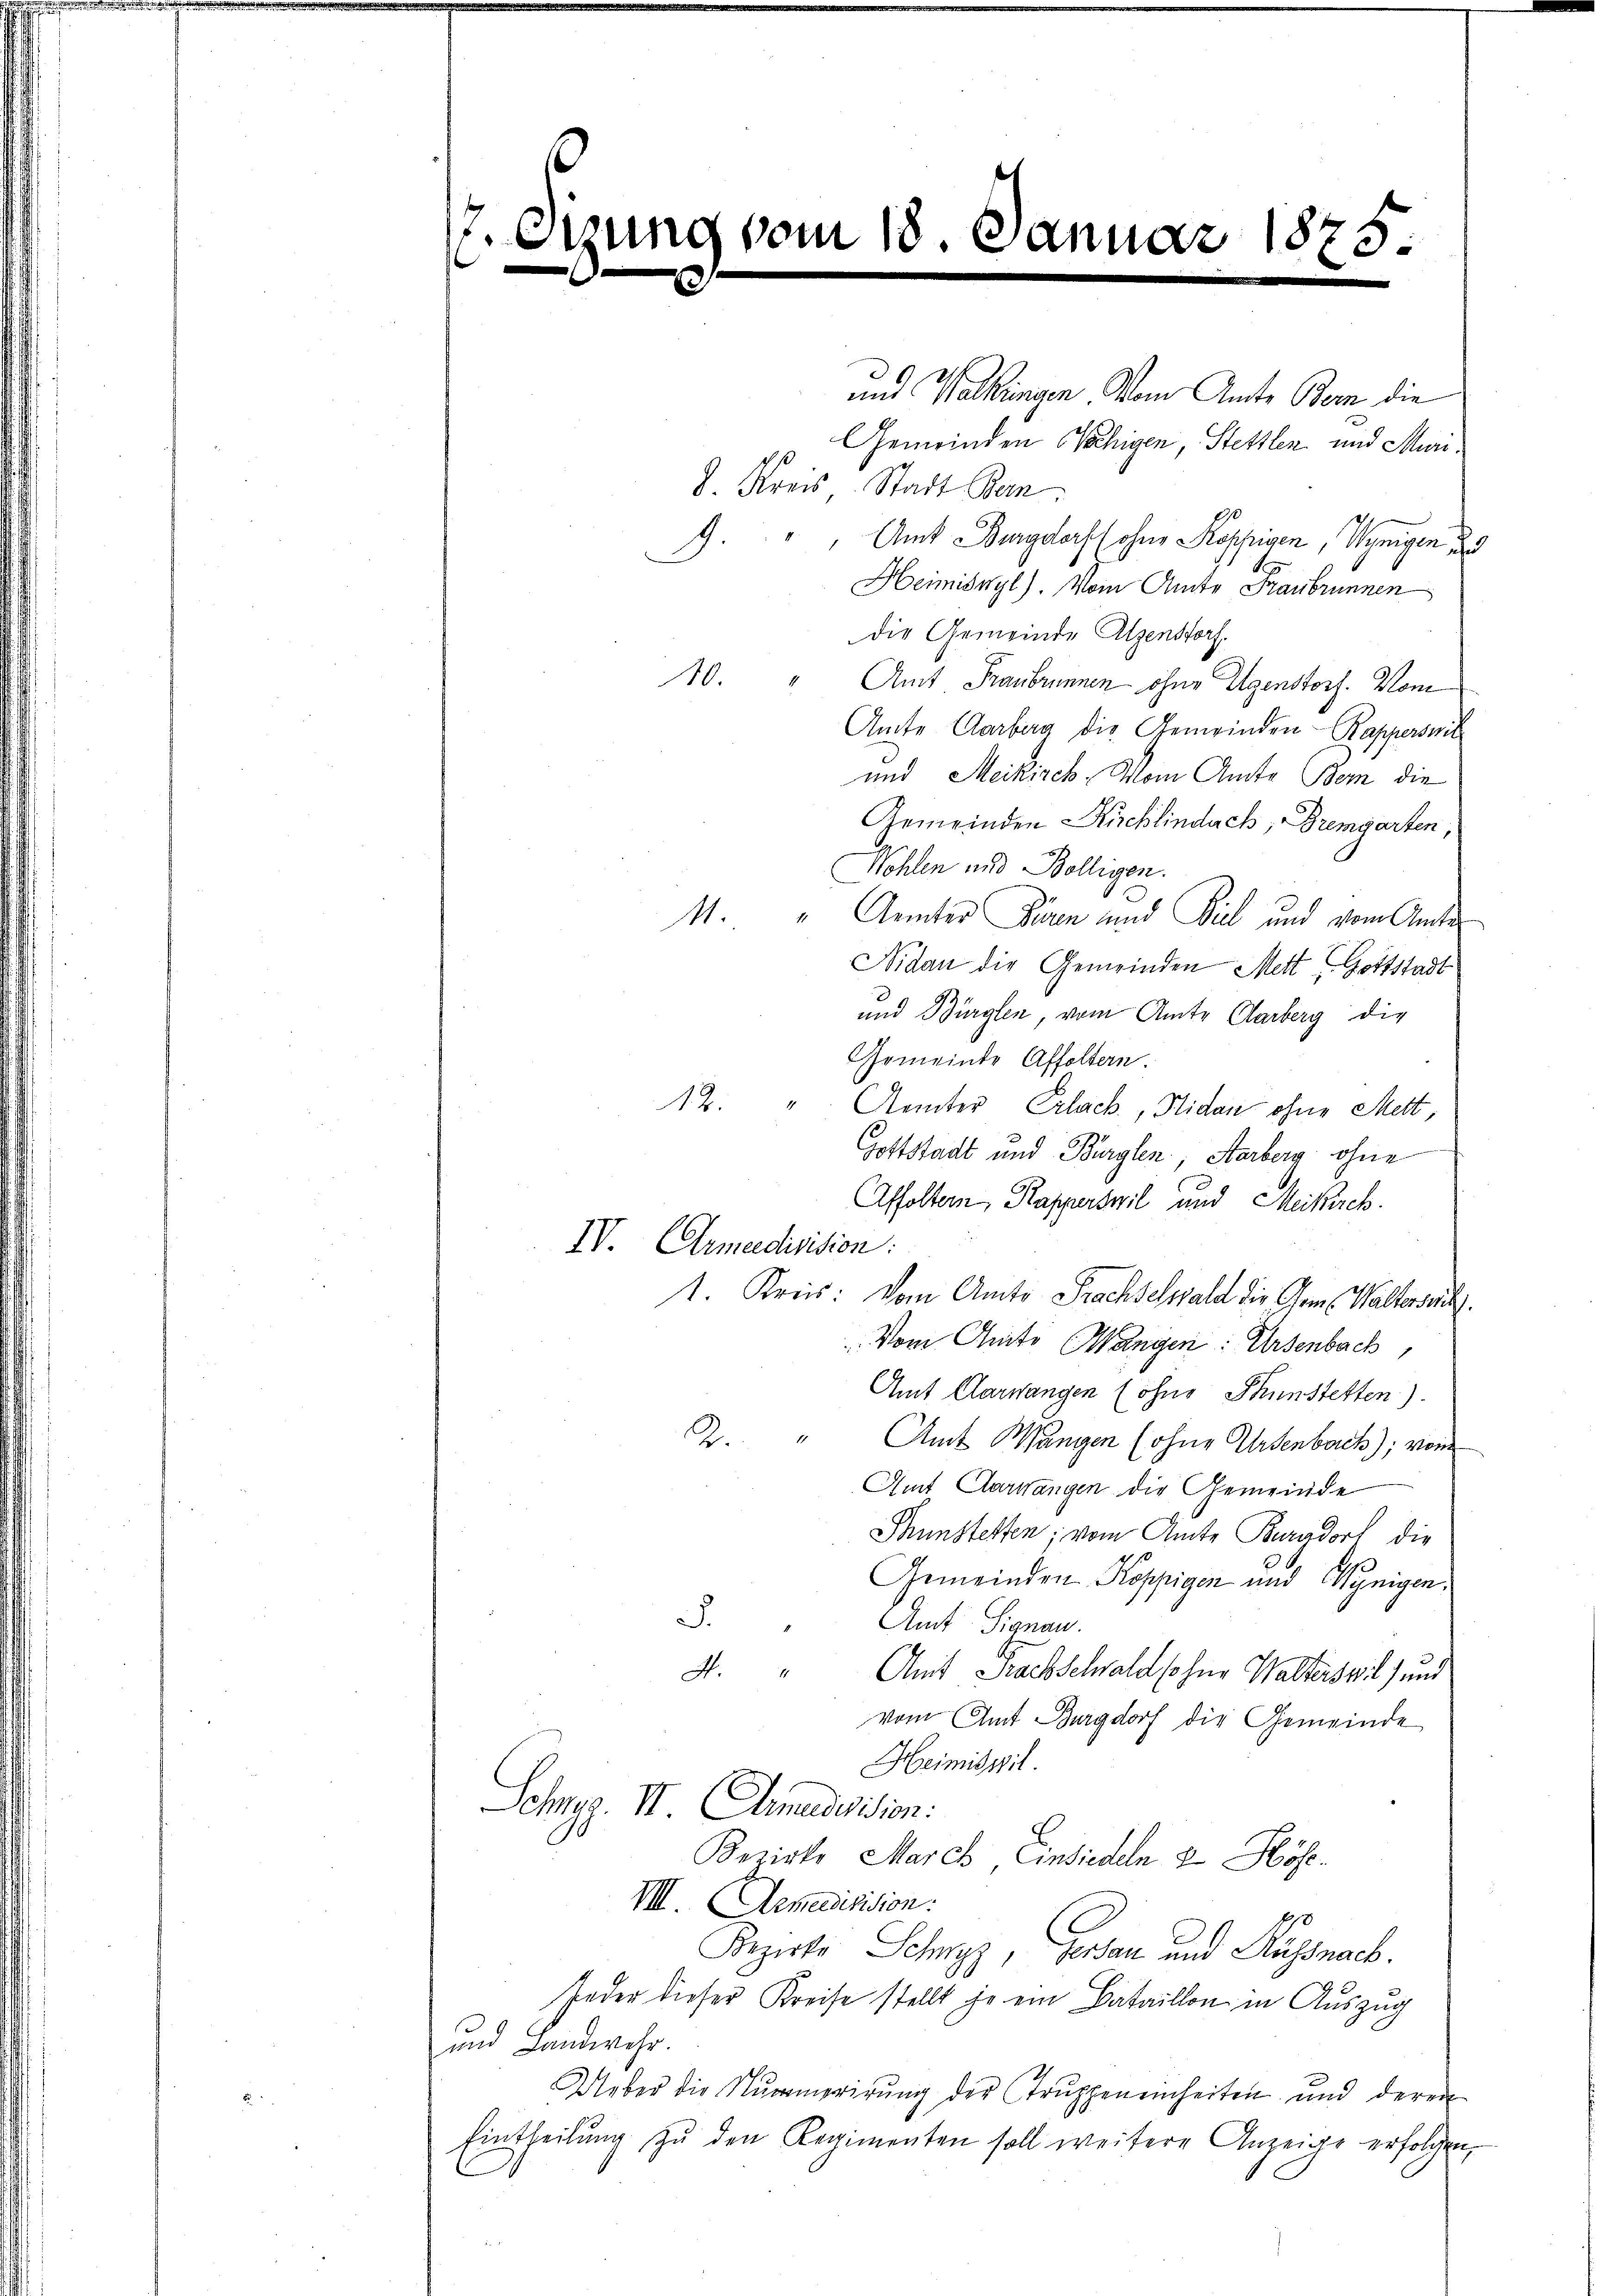
s

A.

vom 18. Januar 1875

und Walkungen Vom Amte Bern die
Gemeinden Nächigen, Stettlen und Muri¬
2. Kreis Stadt Ban
 Amt Burgdorf (ohne Koppigen, Wenigen di
Heimisnyl). Vom Amte Franbrunnen
Die Gemeinde Alpenstorf.
10. " Amt Franbrunnen ohne Eigenstorf. Von
Amte Aarberg die Gemeinden Rapperswit
und Meikirch. Mon Amte Bern die
Gemeinden Ruchlindach, Bremgarten,
Wöhlen und Bolligen.
11. " Aemter Firen und Biel und vom Amte
Nidau die Gemeinden Mett Gottstadt
und Bürglen, vom Amte Clarberg die
Gemeinde Affoltern.
12.
Aemter Erlack, Nidau ohne Mett
Gottstadt und Bürglen, Aarberg ohne
Affoltern, Kapperswil und Meilich.
IV. Armeedivision:
1. Kreis: Vom Amts Prachselwald die Chem. Waltersuch
Vom Amts Wangen: Ursenbach,
Amt Aarwangen (ohne Thunstetten).
2. " Amt Wangen (ohne Ursenbach); vom
Amt Aarwangen die Gemeinde
Thunstetten; vom Amte Burgdorf die
Gemeinden Koppigen und Wynigen.
J.
Amt Signau.
4. " Amt Frachschwald so her Walterswil, und
vom Amt Burgdorf die Gemeinde
Heimiswil.
Schrag. II. Amadevision:
Bezirke March, Einsiedeln & Höfe.
VIII. Armedivision.
Bezirke Schwyz, Gerdan und Russnach.
feder dieser Kreise stellt je ein Bataillon in Auszug
und Landwehr.
Ueber die Nummerirŭng der Trŭppen einheiten und deren
Eintheilŭng zŭ den Regimenten soll weitere Anzeige erfolgen,